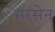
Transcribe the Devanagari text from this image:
मरसेन